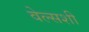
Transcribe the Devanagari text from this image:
वेल्सशी